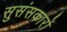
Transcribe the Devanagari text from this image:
सुसंसकारों